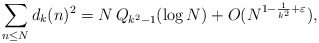
\begin{align*} \sum_{n \le N} d_k(n)^2=N \, Q_{k^2-1}(\log N)+O(N^{1-\frac{1}{k^2}+\varepsilon}),\end{align*}